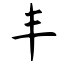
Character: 丰